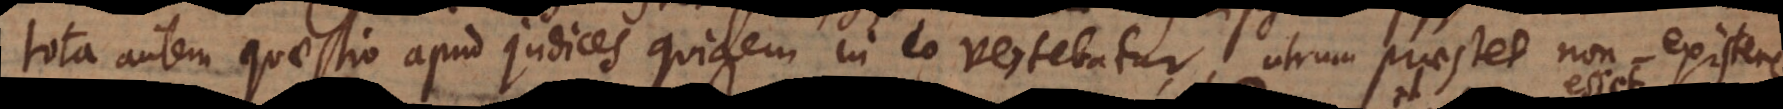
tota autem quaestio apud judices quidem in eo vertebatur, utrum praestet non existere